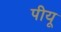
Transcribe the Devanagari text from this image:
पीयू